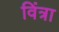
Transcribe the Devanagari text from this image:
विंत्रा